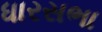
ધારસભા